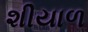
શીયાળ